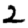
Digit: 2